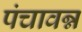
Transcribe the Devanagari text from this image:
पंचावन्न